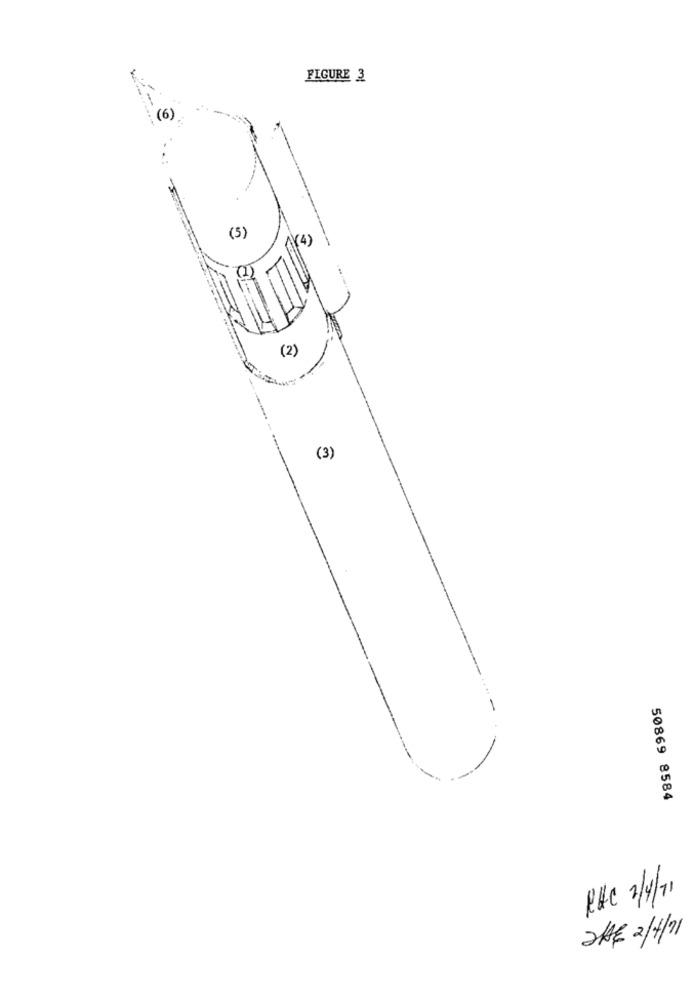
FIGURE 3
(6)
(5)
(2)
(3)
50869 8584
RAC 2/1/11
2HE 2/4/11